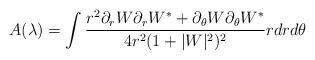
\begin{align*}A(\lambda)=\int\frac{r^{2}\partial_{r}W\partial_{r}W^{*}+\partial_{\theta}W\partial_{\theta}W^{*}}{4r^{2}(1+|W|^{2})^{2}}rdrd\theta\end{align*}